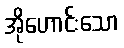
အိုဟောင်းသော